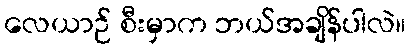
လေယာဉ် စီးမှာက ဘယ်အချိန်ပါလဲ။